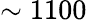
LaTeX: \sim 1100